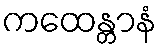
ကထေန္တာနံ